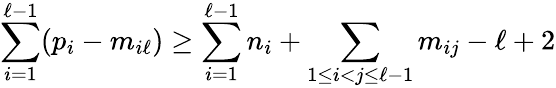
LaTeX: \sum_{i=1}^{\ell-1}(p_{i}-m_{i\ell})\geq\sum_{i=1}^{\ell-1}n_{i}+\sum_{1\leq i<j\leq\ell-1}m_{ij}-\ell+2